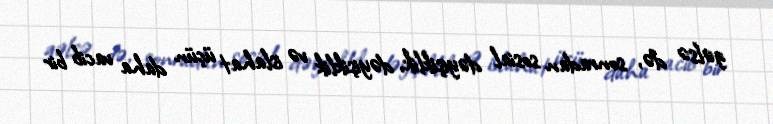
gəlsə də, sonradan sosial dəyişiklik, dəyişiklik və islahat üçün daha vacib bir